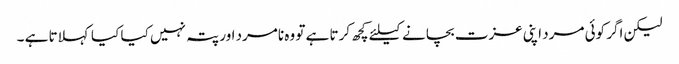
لیکن اگر کوئی مرد اپنی عزت بچانے کیلئے کچھ کرتا ہے تو وہ نامرد اور پتہ نہیں کیا کیا کہلاتا ہے ۔